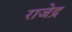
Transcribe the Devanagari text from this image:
राजेद्र